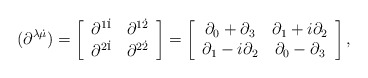
\begin{align*}(\partial^{\lambda\dot{\mu}})=\left[\begin{array}{cc}\partial^{1\dot{1}} & \partial^{1\dot{2}} \\\partial^{2\dot{1}} & \partial^{2\dot{2}}\end{array}\right]=\left[\begin{array}{cc}\partial_{0}+\partial_{3} & \partial_{1}+i\partial_{2} \\\partial_{1}-i\partial_{2} & \partial_{0}-\partial_{3}\end{array}\right],\end{align*}